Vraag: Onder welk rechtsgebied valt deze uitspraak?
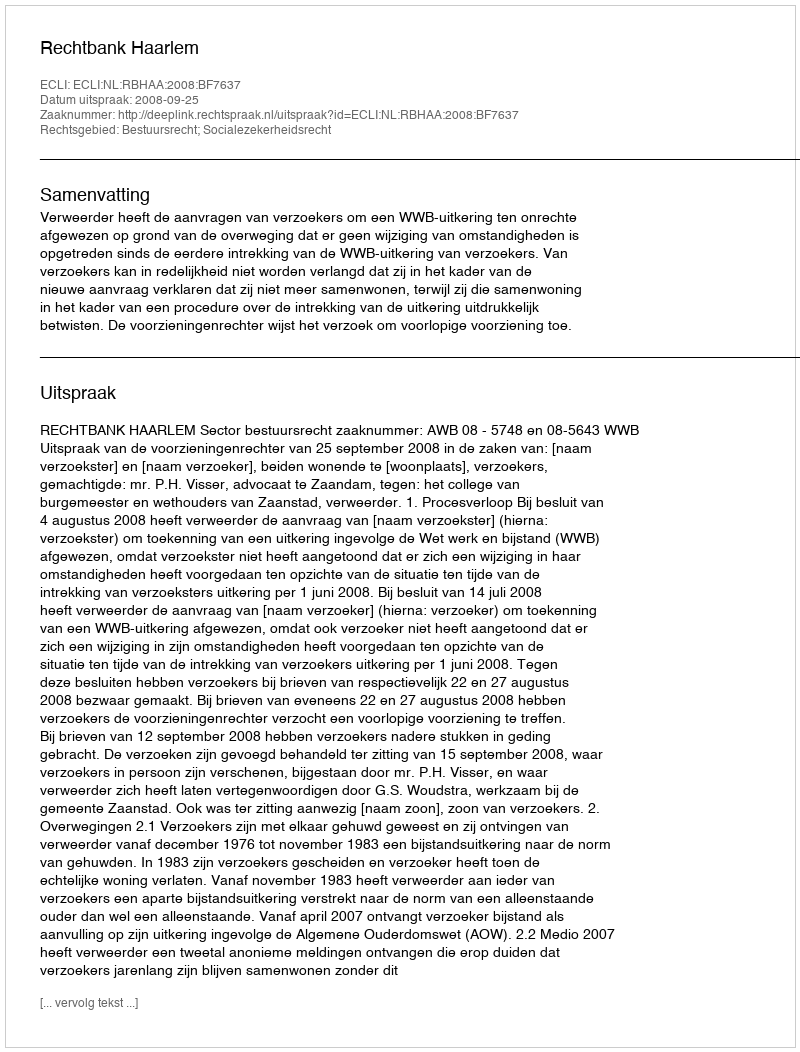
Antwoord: Bestuursrecht; Socialezekerheidsrecht